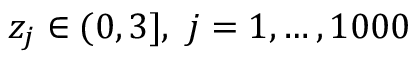
z _ { j } \in ( 0 , 3 ] , ~ j = 1 , \ldots , 1 0 0 0